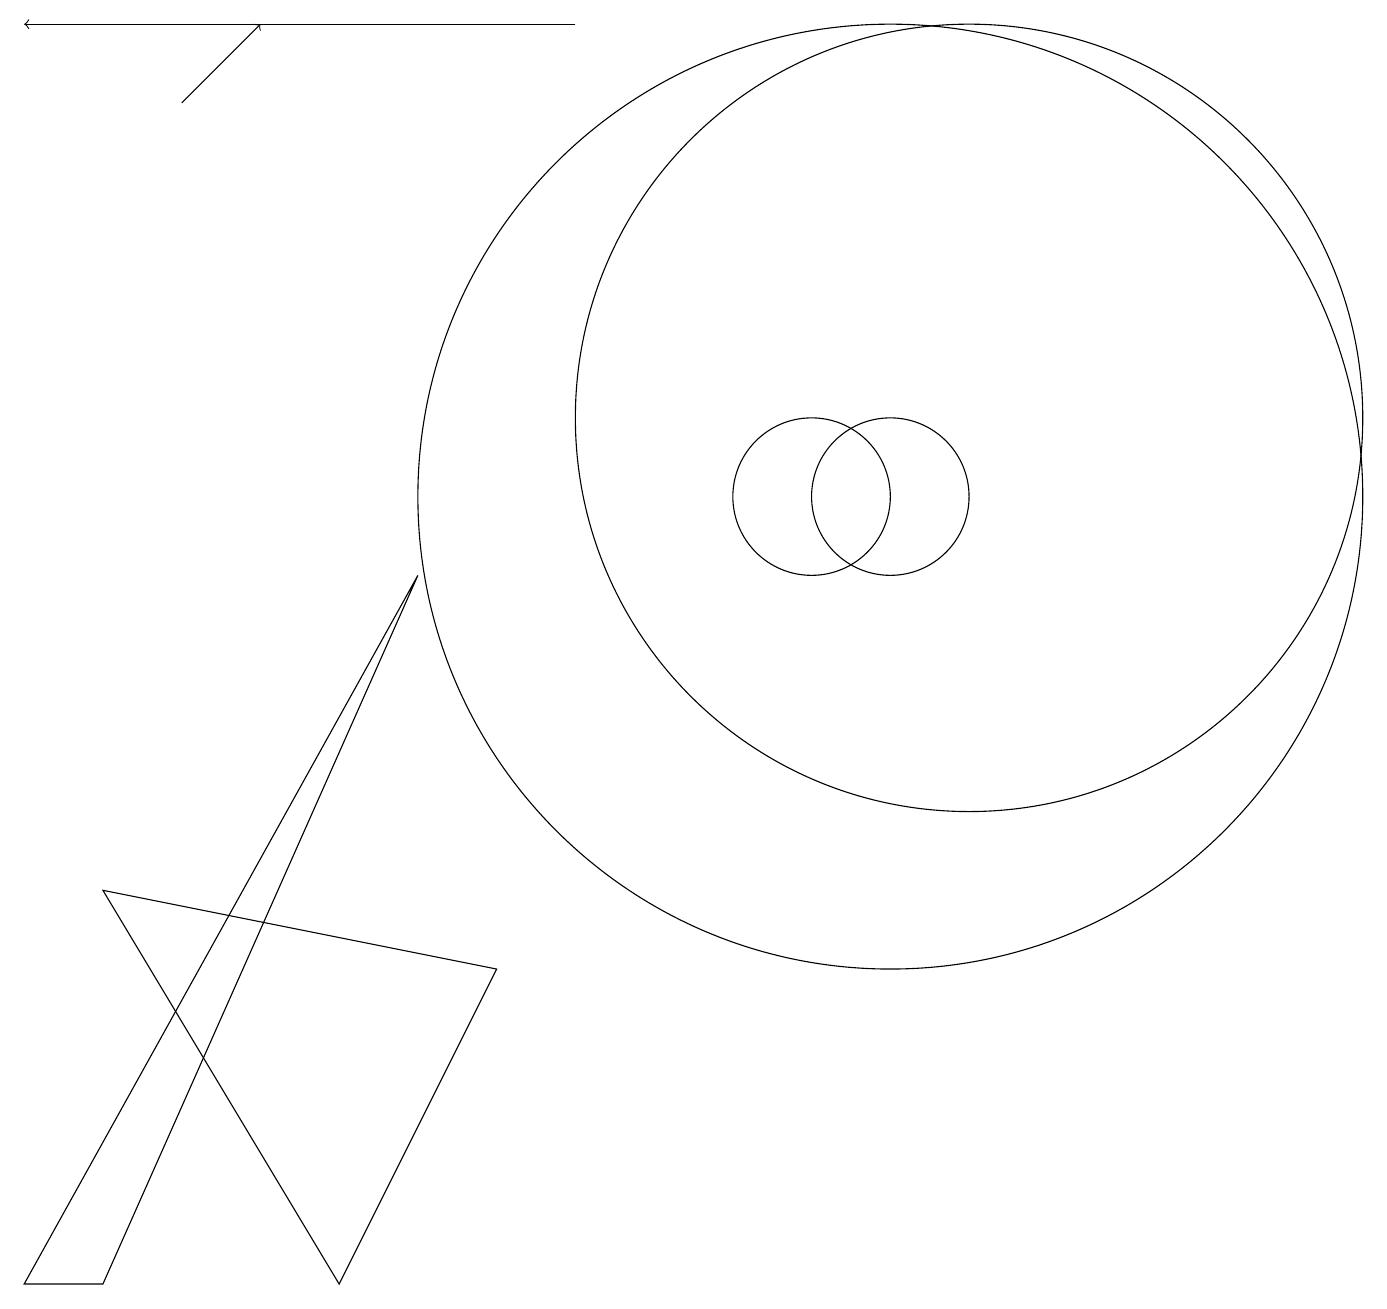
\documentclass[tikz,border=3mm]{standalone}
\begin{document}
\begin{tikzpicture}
\draw[->] (7,16) -- (0,16);
\draw (5,9) -- (1,0) -- (0,0) -- cycle;
\draw (12,11) circle (5);
\draw[->] (2,15) -- (3,16);
\draw (11,10) circle (6);
\draw (4,0) -- (6,4) -- (1,5) -- cycle;
\draw (11,10) circle (1);
\draw (10,10) circle (1);
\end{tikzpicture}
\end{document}